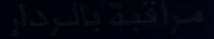
مَالْبَنِد